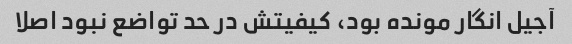
آجیل انگار مونده بود، کیفیتش در حد تواضع نبود اصلا